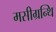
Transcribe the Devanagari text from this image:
मसीग्रन्थि